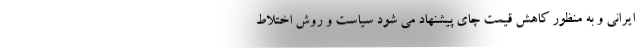
ایرانی و به منظور کاهش قیمت چای پیشنهاد می شود سیاست و روش اختلاط